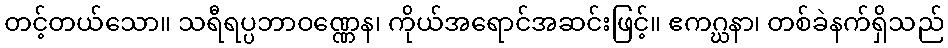
တင့်တယ်သော။ သရီရပ္ပဘာဝဏ္ဏေန၊ ကိုယ်အရောင်အဆင်းဖြင့်။ ဧကဂ္ဃနာ၊ တစ်ခဲနက်ရှိသည်